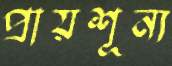
প্রায়শূন্য